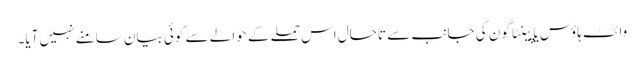
وائٹ ہاؤس یا پینٹاگون کی جانب سے تاحال اس حملے کے حوالے سے کوئی بیان سامنے نہیں آیا۔